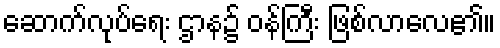
ဆောက်လုပ်ရေး ဌာန၌ ဝန်ကြီး ဖြစ်လာလေ၏။